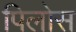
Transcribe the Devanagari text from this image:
पिलोस